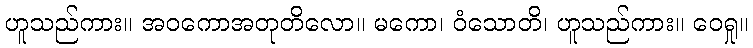
ဟူသည်ကား။ အဝကောအတုတိလော။ မကော၊ ဝံသောတိ၊ ဟူသည်ကား။ ဝေရှု။